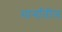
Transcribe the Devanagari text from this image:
मार्गांतील